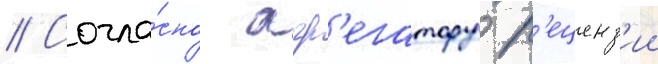
// Согла́сно агр'егатору р'еценз'ии